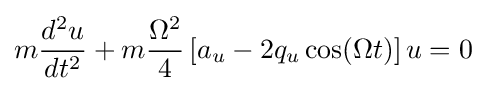
m{\frac {d^{2}u}{dt^{2}}}+m{\frac {\Omega ^{2}}{4}}\left[a_{u}-2q_{u}\cos(\Omega t)\right]u=0